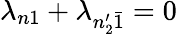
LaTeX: \lambda_{n1}+\lambda_{n_{2}^{\prime}\bar{1}}=0